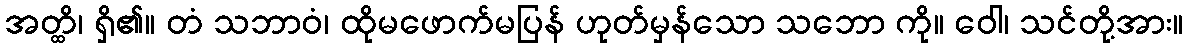
အတ္ထိ၊ ရှိ၏။ တံ သဘာဝံ၊ ထိုမဖောက်မပြန် ဟုတ်မှန်သော သဘော ကို။ ဝေါ၊ သင်တို့အား။